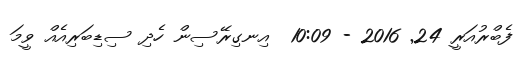
ފެބްރުއަރީ 24